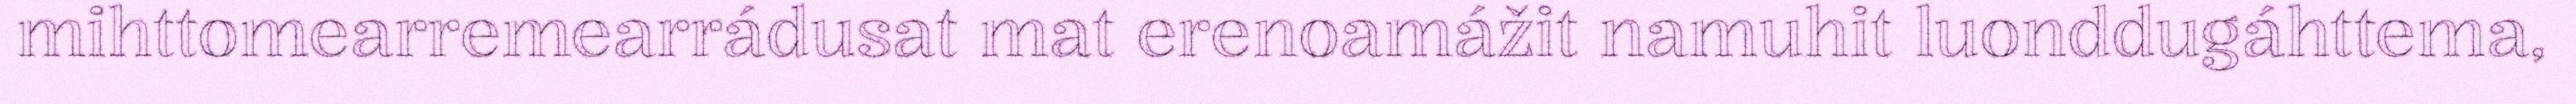
mihttomearremearrádusat mat erenoamážit namuhit luonddugáhttema,